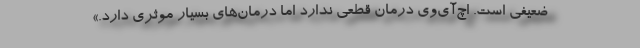
ضعیفی است. اچ‌آی‌وی درمان قطعی ندارد اما درمان‌های بسیار موثری دارد.»